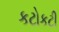
કટોકટી